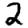
Digit: 2